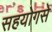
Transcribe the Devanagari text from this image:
सहयोगसे